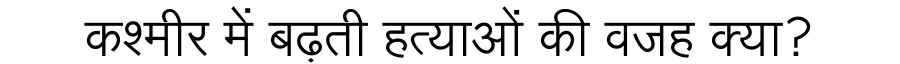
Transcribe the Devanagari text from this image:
कश्मीर में बढ़ती हत्याओं की वजह क्या?